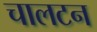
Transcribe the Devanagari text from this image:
चालटन